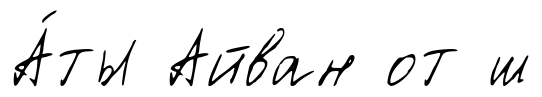
А́ты Айван от ш